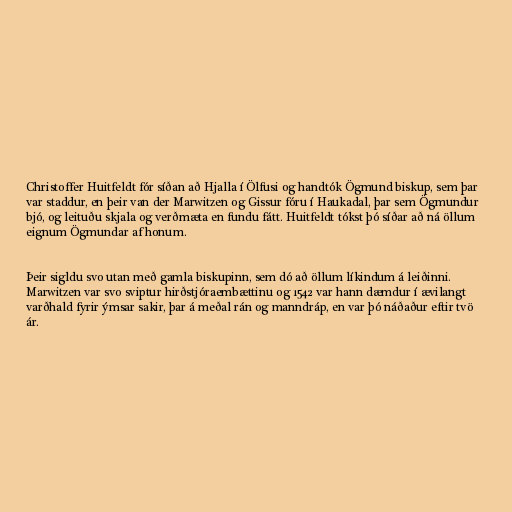
Christoffer Huitfeldt fór síðan að Hjalla í Ölfusi og handtók Ögmund biskup, sem þar
var staddur, en þeir van der Marwitzen og Gissur fóru í Haukadal, þar sem Ögmundur
bjó, og leituðu skjala og verðmæta en fundu fátt. Huitfeldt tókst þó síðar að ná öllum
eignum Ögmundar af honum.

Þeir sigldu svo utan með gamla biskupinn, sem dó að öllum líkindum á leiðinni.
Marwitzen var svo sviptur hirðstjóraembættinu og 1542 var hann dæmdur í ævilangt
varðhald fyrir ýmsar sakir, þar á meðal rán og manndráp, en var þó náðaður eftir tvö
ár.